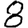
Digit: 8